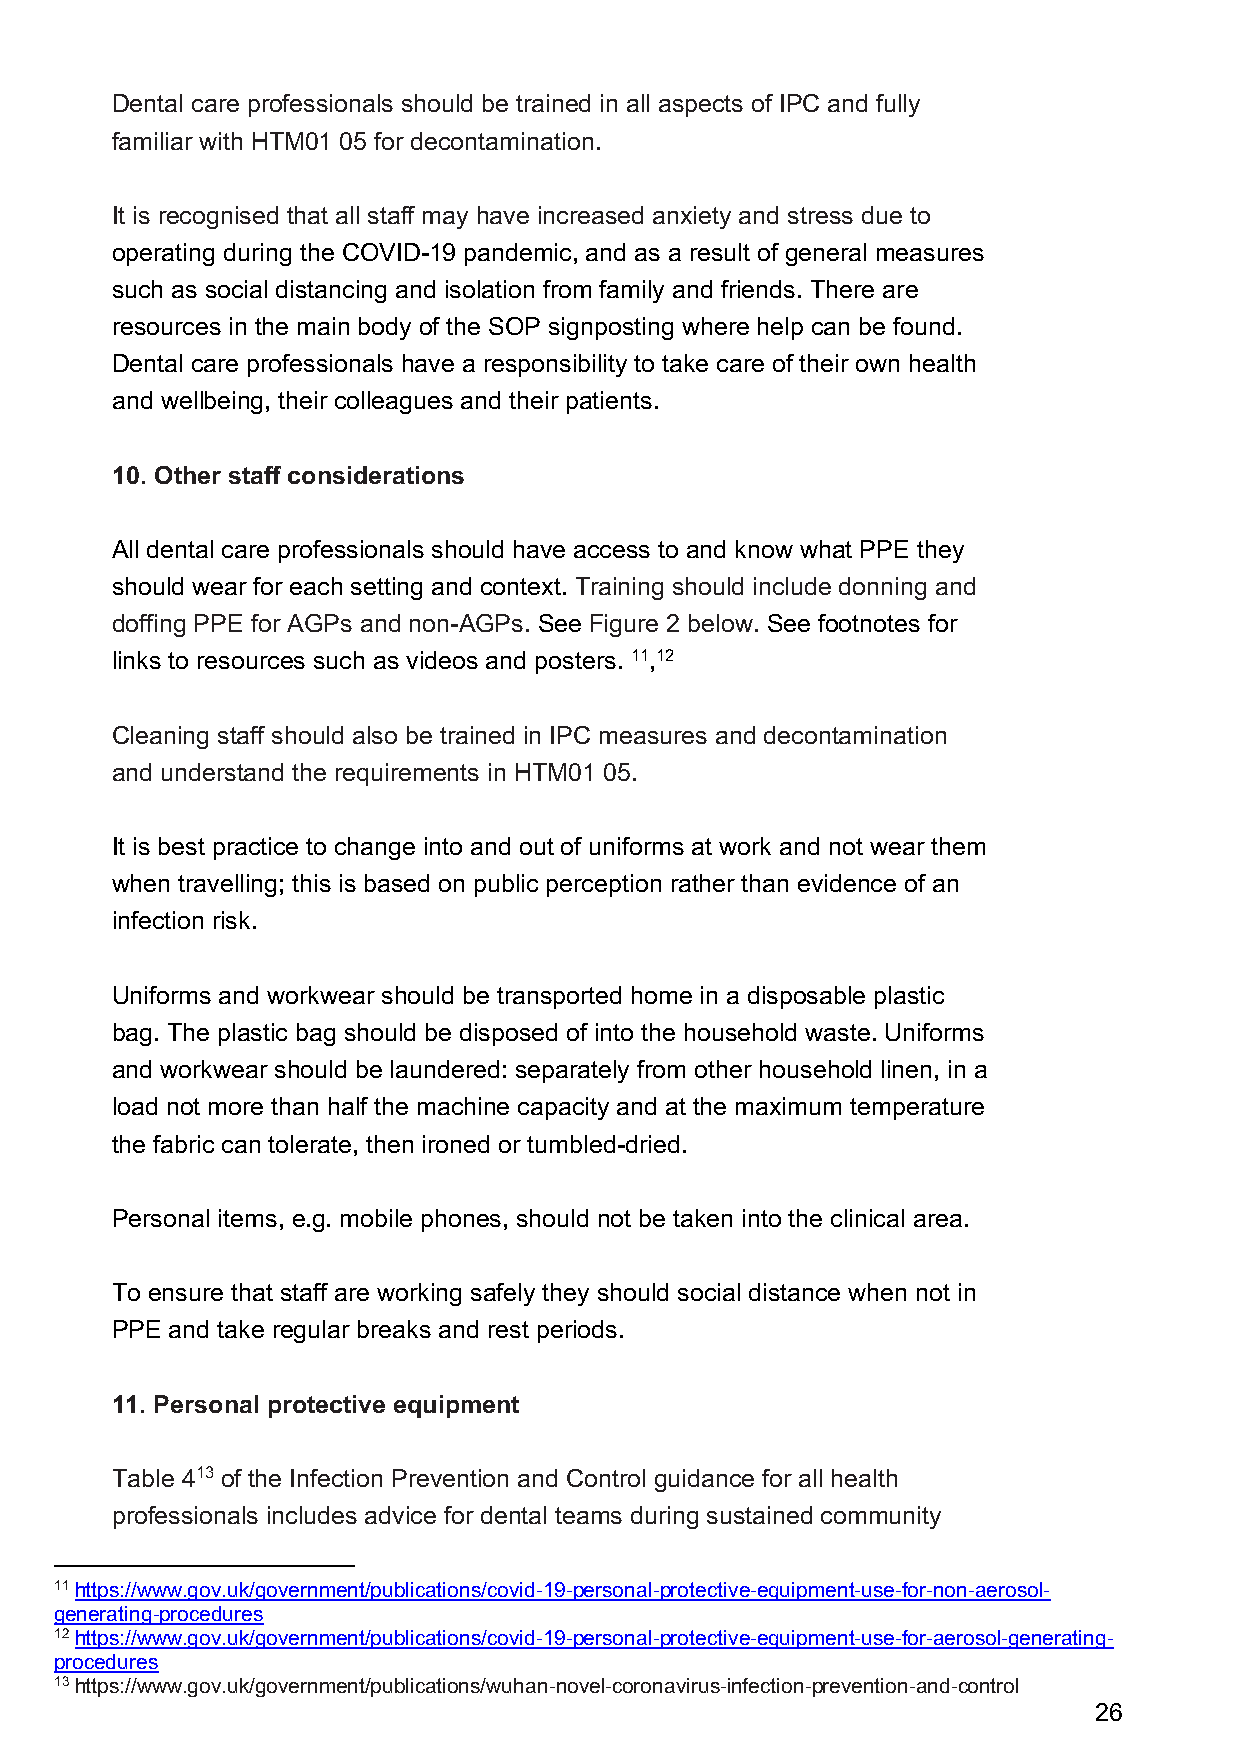
Dental care professionals should be trained in all aspects of IPC and fully
 familiar with HTM01 05 for decontamination.
 It is recognised that all staff may have increased anxiety and stress due to
 operating during the COVID-19 pandemic, and as a result of general measures
 such as social distancing and isolation from family and friends. There are
 resources in the main body of the SOP signposting where help can be found.
 Dental care professionals have a responsibility to take care of their own health
 and wellbeing, their colleagues and their patients.
 10. Other staff considerations
 All dental care professionals should have access to and know what PPE they
 should wear for each setting and context. Training should include donning and
 doffing PPE for AGPs and non-AGPs. See Figure 2 below. See footnotes for
 links to resources such as videos and posters. 11,12
 Cleaning staff should also be trained in IPC measures and decontamination
 and understand the requirements in HTM01 05.
 It is best practice to change into and out of uniforms at work and not wear them
 when travelling; this is based on public perception rather than evidence of an
 infection risk.
 Uniforms and workwear should be transported home in a disposable plastic
 bag. The plastic bag should be disposed of into the household waste. Uniforms
 and workwear should be laundered: separately from other household linen, in a
 load not more than half the machine capacity and at the maximum temperature
 the fabric can tolerate, then ironed or tumbled-dried.
 Personal items, e.g. mobile phones, should not be taken into the clinical area.
 To ensure that staff are working safely they should social distance when not in
 PPE and take regular breaks and rest periods.
 11. Personal protective equipment
 Table 413 of the Infection Prevention and Control guidance for all health
 professionals includes advice for dental teams during sustained community
 11 https://www.gov.uk/government/publications/covid-19-personal-protective-equipment-use-for-non-aerosol-
 generating-procedures
 12 https://www.gov.uk/government/publications/covid-19-personal-protective-equipment-use-for-aerosol-generating-
 procedures
 13 https://www.gov.uk/government/publications/wuhan-novel-coronavirus-infection-prevention-and-control
 26